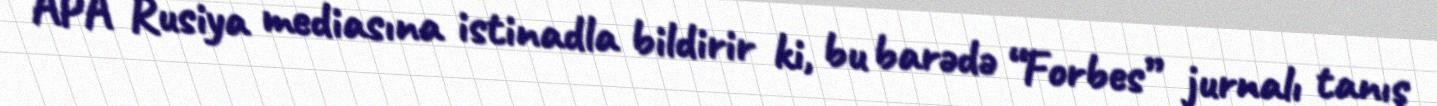
APA Rusiya mediasına istinadla bildirir ki, bu barədə “Forbes” jurnalı tanış